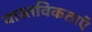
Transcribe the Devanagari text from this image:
वास्तविकताएॅ